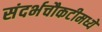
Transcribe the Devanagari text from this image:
संदर्भचौकटीमध्ये